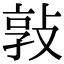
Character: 𭣸